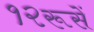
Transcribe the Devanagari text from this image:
१२रूसें